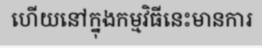
ហើយនៅក្នុងកម្មវិធីនេះមានការ